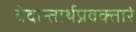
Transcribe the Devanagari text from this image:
वेदान्तार्थप्रवक्तारं